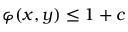
\varphi ( x , y ) \leq 1 + c